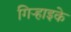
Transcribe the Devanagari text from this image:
गिऱ्हाइके